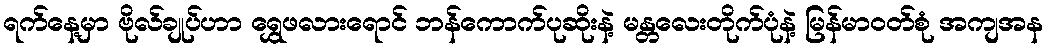
ရက်နေ့မှာ ဗိုလ်ချုပ်ဟာ ရွှေဖလားရောင် ဘန်ကောက်ပုဆိုးနဲ့ မန္တလေးတိုက်ပုံနဲ့ မြန်မာဝတ်စုံ အကျအန